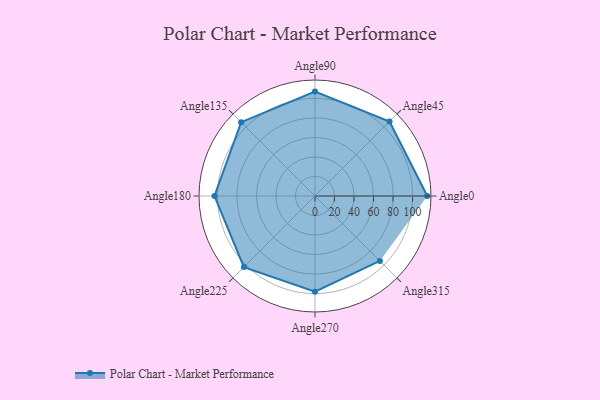
{"axis": {"x": "Angle", "y": "Radius"}, "legend": [""], "data": [{"x": "Angle0", "y": 115.0, "type": ""}, {"x": "Angle45", "y": 108.0, "type": ""}, {"x": "Angle90", "y": 107.0, "type": ""}, {"x": "Angle135", "y": 107.0, "type": ""}, {"x": "Angle180", "y": 103.0, "type": ""}, {"x": "Angle225", "y": 103.0, "type": ""}, {"x": "Angle270", "y": 98.0, "type": ""}, {"x": "Angle315", "y": 94.0, "type": ""}]}